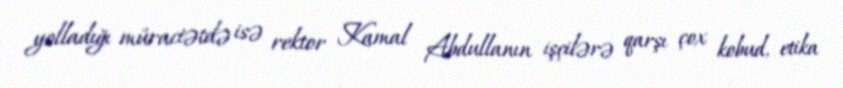
yolladığı müraciətdə isə rektor Kamal Abdullanın işçilərə qarşı çox kobud, etika